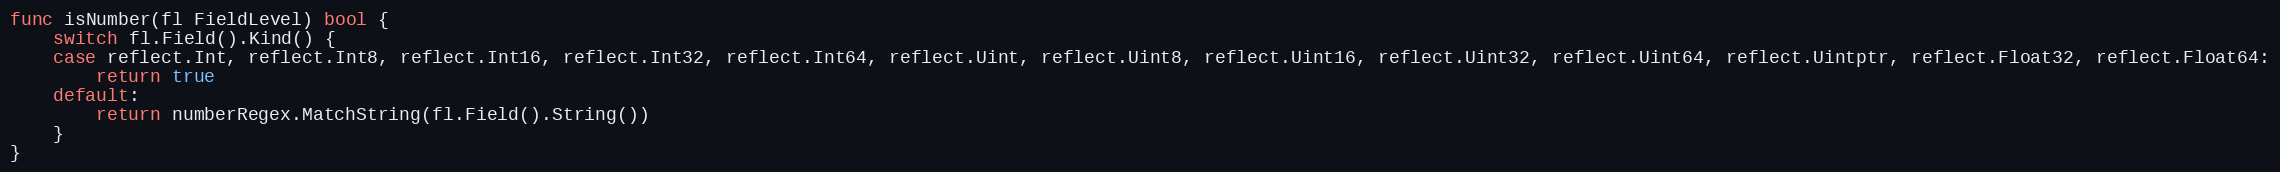
Language: Go
func isNumber(fl FieldLevel) bool {
	switch fl.Field().Kind() {
	case reflect.Int, reflect.Int8, reflect.Int16, reflect.Int32, reflect.Int64, reflect.Uint, reflect.Uint8, reflect.Uint16, reflect.Uint32, reflect.Uint64, reflect.Uintptr, reflect.Float32, reflect.Float64:
		return true
	default:
		return numberRegex.MatchString(fl.Field().String())
	}
}